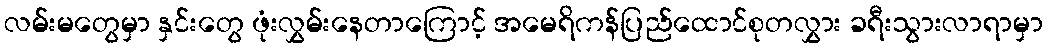
လမ်းမတွေမှာ နှင်းတွေ ဖုံးလွှမ်းနေတာကြောင့် အမေရိကန်ပြည်ထောင်စုတလွှား ခရီးသွားလာရာမှာ